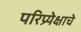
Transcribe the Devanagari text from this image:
परिप्र्येक्षाचे